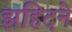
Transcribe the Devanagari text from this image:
झहिदने